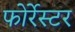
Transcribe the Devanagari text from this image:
फोर्रेस्टर